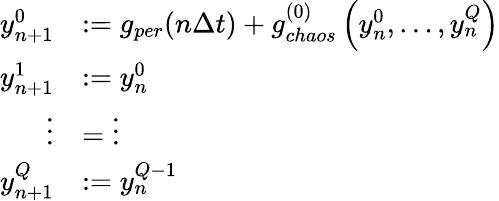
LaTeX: \begin{array}{rl}{y_{n+1}^{0}}&{:=g_{per}(n\Delta t)+g_{chaos}^{(0)}\left(y_{n}^{0},\ldots,y_{n}^{Q}\right)}\\ {y_{n+1}^{1}}&{:=y_{n}^{0}}\\ {\vdots}&{=\vdots}\\ {y_{n+1}^{Q}}&{:=y_{n}^{Q-1}}\end{array}